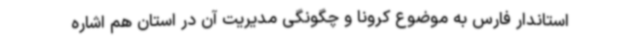
استاندار فارس به موضوع کرونا و چگونگی مدیریت آن در استان هم اشاره